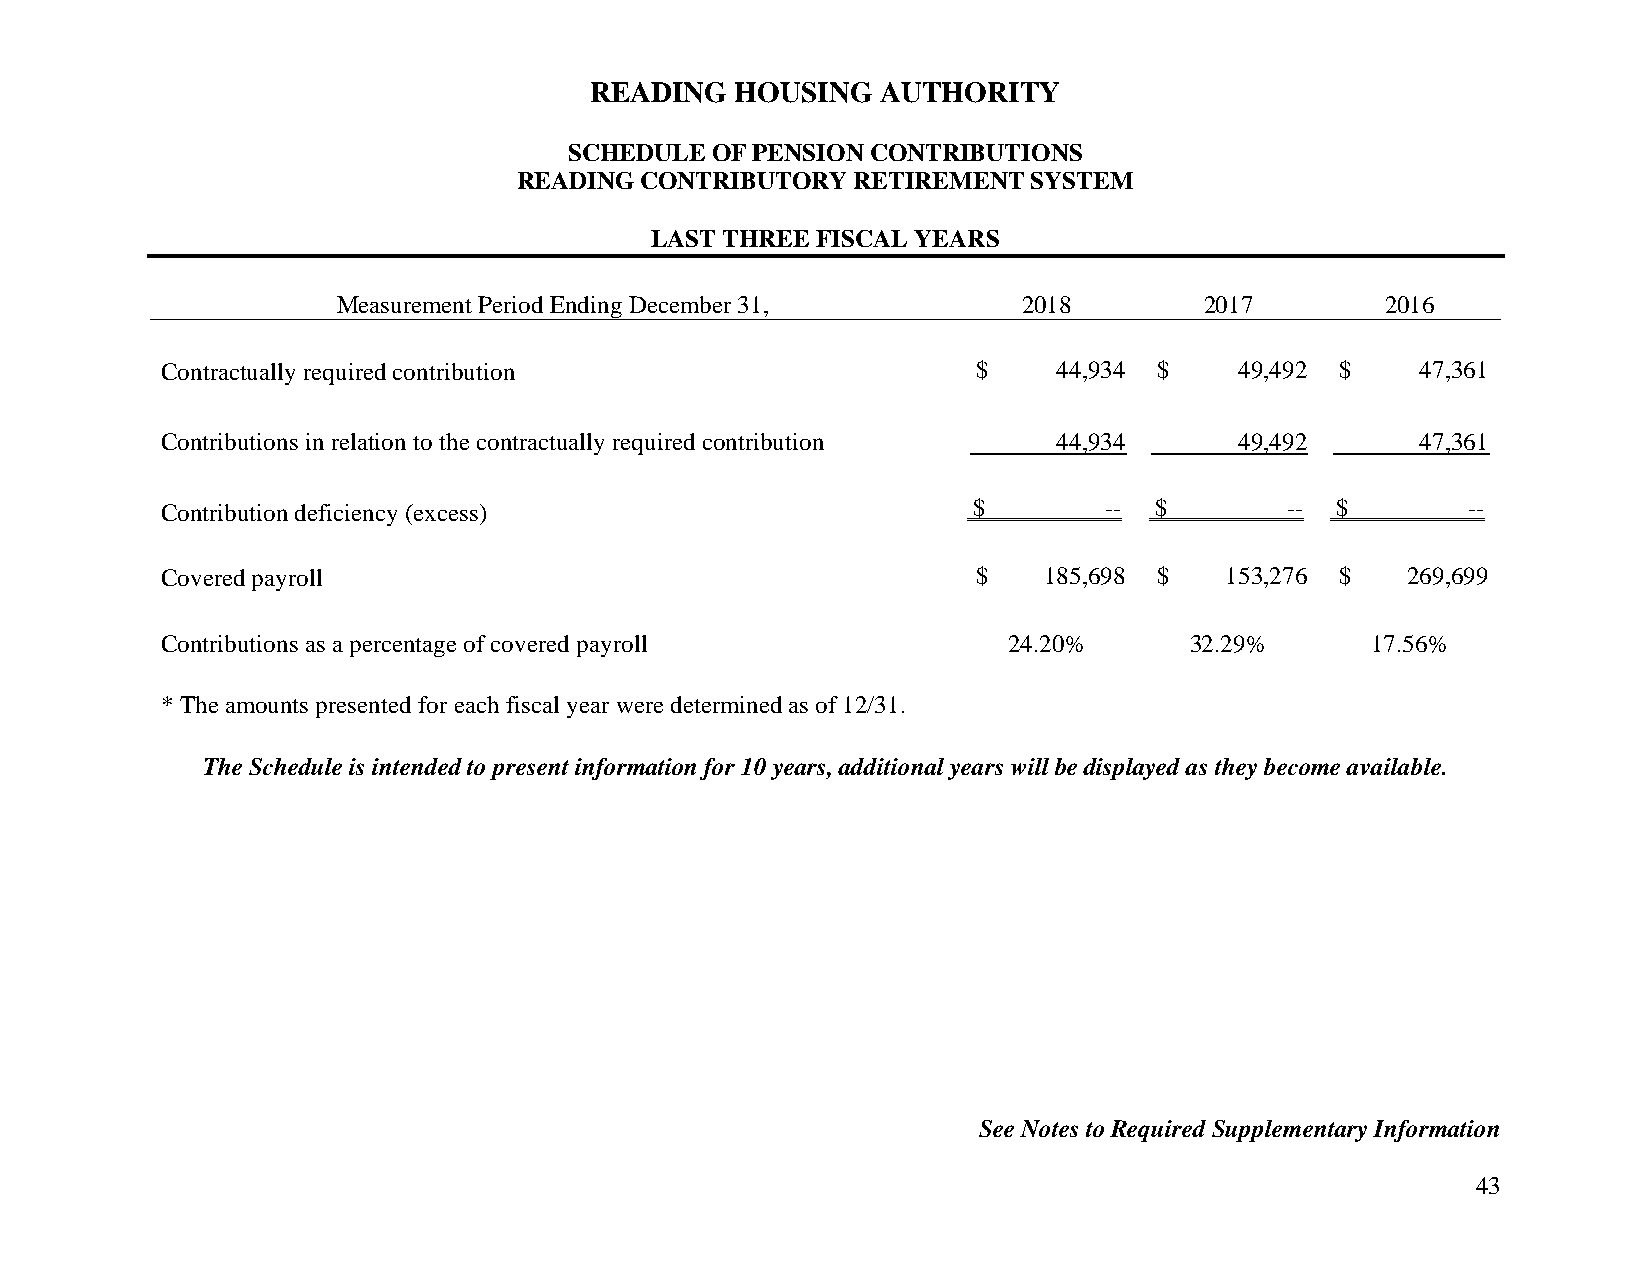
READING   HOUSING  AUTHORITY
 SCHEDULE OF PENSION CONTRIBUTIONS
 READING CONTRIBUTORY   RETIREMENT SYSTEM
 LAST THREE FISCAL YEARS
 Measurement Period Ending December 31,        2018        2017        2016
 Contractually required contribution                   $    44,934 $    49,492 $    47,361
 Contributions in relation to the contractually required contribution 44,934 49,492 47,361
 Contribution deficiency (excess)                     $        -- $        -- $        --
 Covered payroll                                       $   185,698 $   153,276 $   269,699
 Contributions as a percentage of covered payroll        24.20%      32.29%      17.56%
 * The amounts presented for each fiscal year were determined as of 12/31.
 The Schedule is intended to present information for 10 years, additional years will be displayed as they become available.
 See Notes to Required Supplementary Information
 43